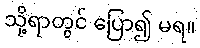
သို့ရာတွင် ပြော၍ မရ။